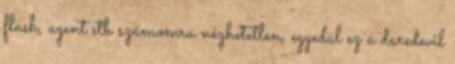
flash, agent stb számomra nézhetetlen, egyedül ez a daredevil